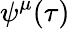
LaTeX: \psi^{\mu}(\tau)